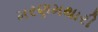
મરણમથારી